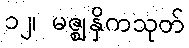
၁၂၊ မဇ္ဈနှိကသုတ်